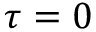
\tau = 0